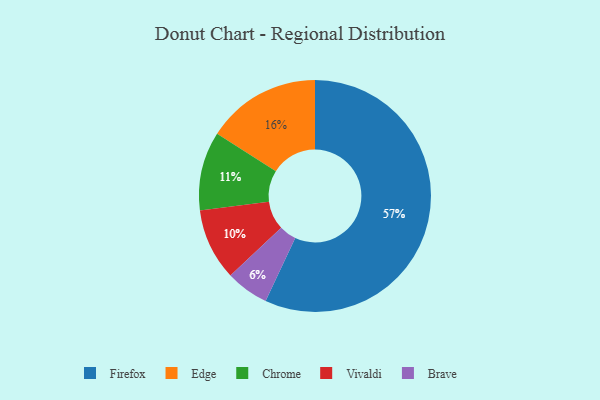
{"axis": {"x": "Category", "y": "Percentage"}, "legend": ["Brave", "Chrome", "Edge", "Firefox", "Vivaldi"], "data": [{"x": "Firefox", "y": 57, "type": "Firefox"}, {"x": "Edge", "y": 16, "type": "Edge"}, {"x": "Chrome", "y": 11, "type": "Chrome"}, {"x": "Vivaldi", "y": 10, "type": "Vivaldi"}, {"x": "Brave", "y": 6, "type": "Brave"}]}